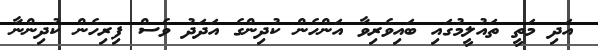
އަދި މަތީ ތައުލީމުގައި ބައިވެރިވާ އަންހެން ކުދިންގެ އަދަދު ވެސް ފިރިހެން ކުދިންނާ